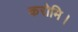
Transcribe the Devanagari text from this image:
करोमि।